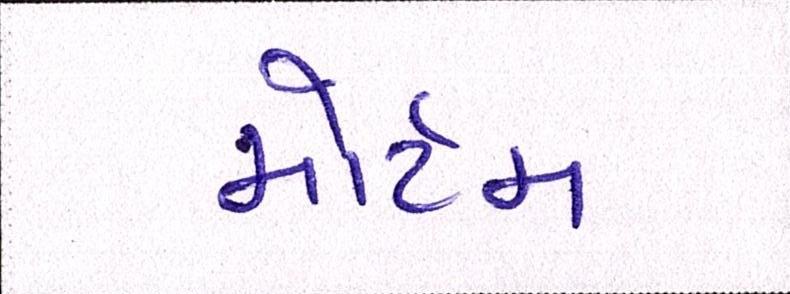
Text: મોર્ટમ